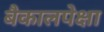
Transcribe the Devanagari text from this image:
बैकालपेक्षा